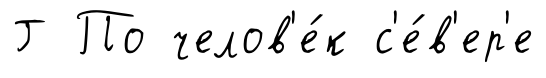
Г По челов'е́к с'е́в'ер'е